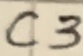
Text: C3